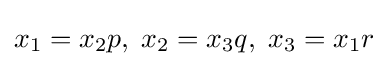
x_{1}=x_{2}p,\;x_{2}=x_{3}q,\;x_{3}=x_{1}r